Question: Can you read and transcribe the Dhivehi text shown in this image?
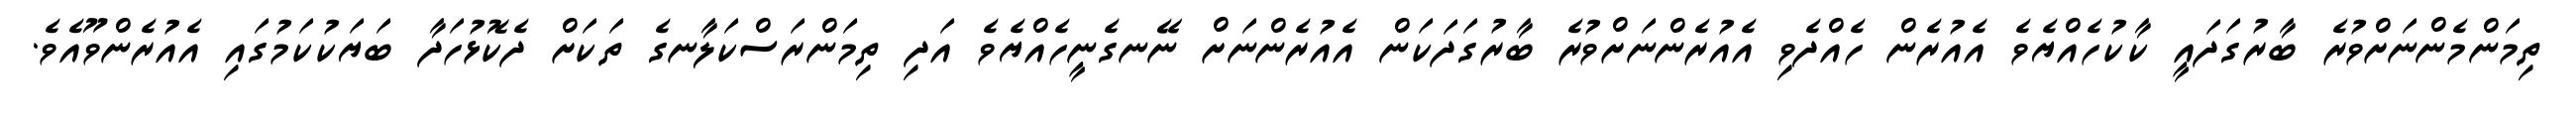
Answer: ތިމަންމެންނަށްވުރެ ބާރުގަދައީ ކާކުހެއްޔެވެ އެއުރެން ހެއްދެވި އެއުރެންނަށްވުރެ ބާރުގަދަކަން އެއުރެންނަށް ނޭނގެނީހެއްޔެވެ އަދި ތިމަންރަސްކަލާނގެ ތަކަށް ދެކޮޅުހަދާ ބަޔަކުކަމުގައި އެއުރެންވޫއެވެ.